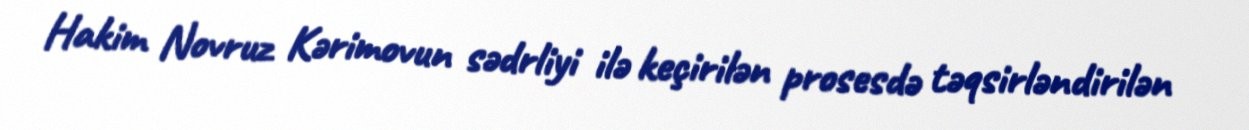
Hakim Novruz Kərimovun sədrliyi ilə keçirilən prosesdə təqsirləndirilən